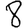
Digit: 8